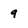
Character: g